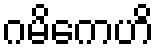
ဂမိကေဟိ